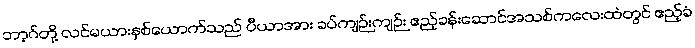
ဘာ့ဂ်တို့ လင်မယားနှစ်ယောက်သည် ပီယာအား ခပ်ကျဉ်းကျဉ်း ဧည့်ခန်းဆောင်အသစ်ကလေးထဲတွင် ဧည့်ခံ